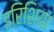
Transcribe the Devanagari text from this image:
इरिशिया